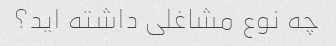
چه نوع مشاغلی داشته اید؟